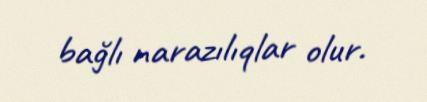
bağlı narazılıqlar olur.